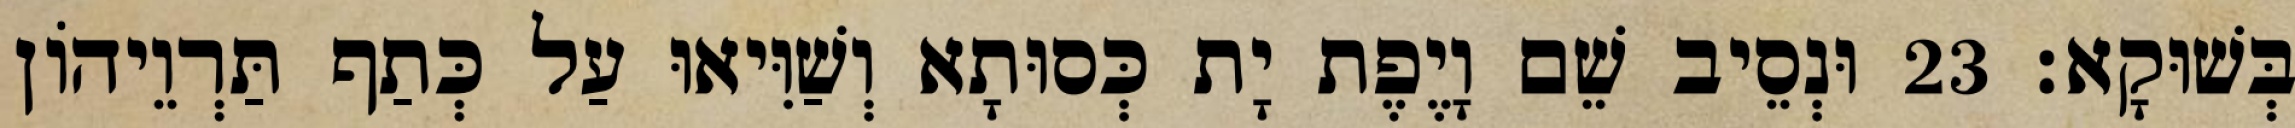
בְּשׁוּקָא׃ 23 וּנְסֵיב שֵׁם וָיֶפֶת יָת כְּסוּתָא וְשַׁוִּיאוּ עַל כְּתַף תַּרְוֵיהוֹן